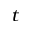
_ { t }